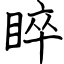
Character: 睟